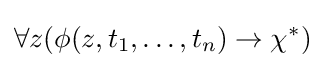
\forall z(\phi (z,t_{1},\dots ,t_{n})\rightarrow \chi ^{\ast })